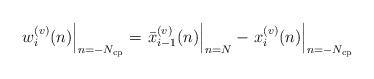
LaTeX: \begin{align*}\left.w^{(v)}_i(n)\right|_{n=-N_{\rm cp}}=\left.\bar{x}^{(v)}_{i-1}(n)\right|_{n=N} - \left.x^{(v)}_{i}(n)\right|_{n=-N_{\rm cp}}\end{align*}